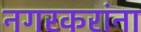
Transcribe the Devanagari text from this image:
नगरकरांना